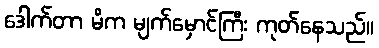
ဒေါက်တာ မိက မျက်မှောင်ကြီး ကုတ်နေသည်။